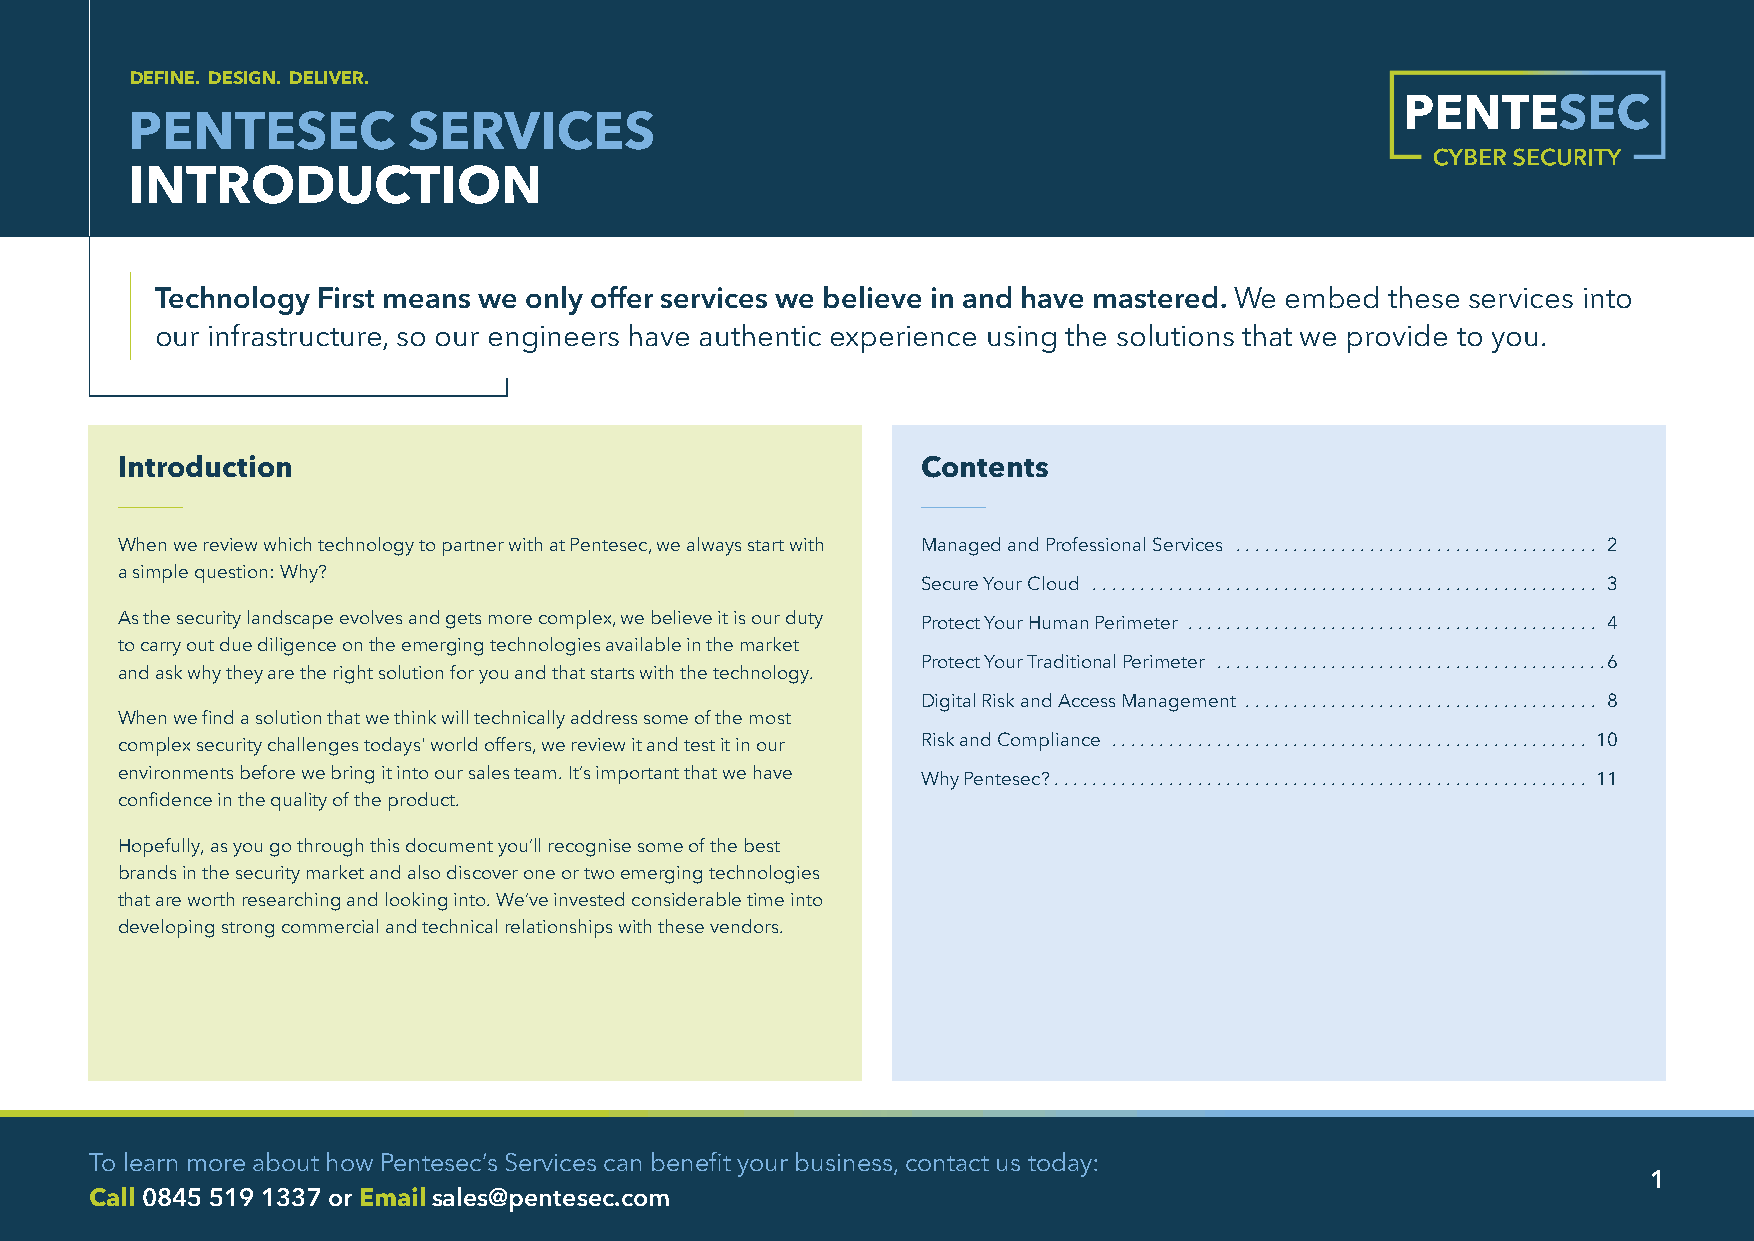
DEFINE. DESIGN. DELIVER.
 PENTESEC          SERVICES
 INTRODUCTION
 Technology First means we only offer services we believe in and have mastered. We embed these services into
 our infrastructure, so our engineers have authentic experience using the solutions that we provide to you.
 Introduction                                         Contents
 When we review which technology to partner with at Pentesec, we always start with Managed and Professional Services ...................................... 2
 a simple question: Why?
 Secure Your Cloud ..................................................... 3
 As the security landscape evolves and gets more complex, we believe it is our duty Protect Your Human Perimeter ........................................... 4
 to carry out due diligence on the emerging technologies available in the market
 Protect Your Traditional Perimeter .........................................6
 and ask why they are the right solution for you and that starts with the technology.
 Digital Risk and Access Management ..................................... 8
 When we find a solution that we think will technically address some of the most
 complex security challenges todays' world offers, we review it and test it in our Risk and Compliance .................................................. 10
 environments before we bring it into our sales team. It’s important that we have
 Why Pentesec? ........................................................ 11
 confidence in the quality of the product.
 Hopefully, as you go through this document you’ll recognise some of the best
 brands in the security market and also discover one or two emerging technologies
 that are worth researching and looking into. We’ve invested considerable time into
 developing strong commercial and technical relationships with these vendors.
 To learn more about how Pentesec’s Services can benefit your business, contact us today:
 1
 Call 0845 519 1337 or Email sales@pentesec.com